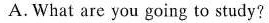
A. What are you going to study?